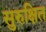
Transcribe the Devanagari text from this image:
सुरुक्षित